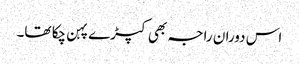
اس دوران راجہ بھی کپڑے پہن چکا تھا۔